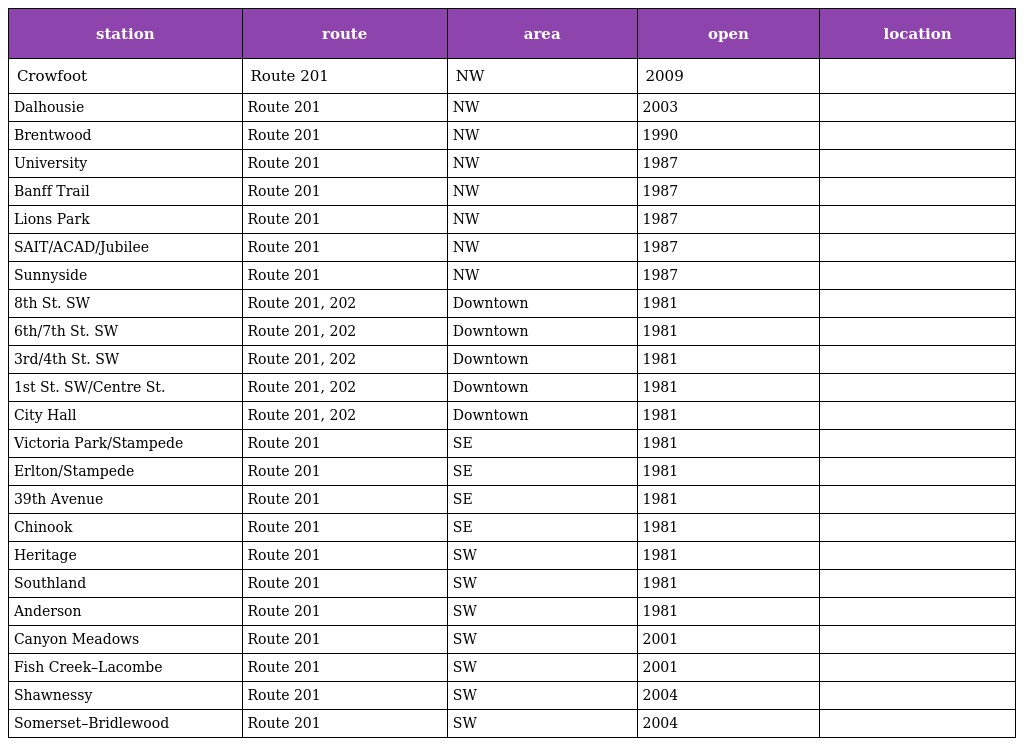
| station | route | area | open | location |
 | --- | --- | --- | --- | --- |
 | Crowfoot | Route 201 | NW | 2009 |  |
 | Dalhousie | Route 201 | NW | 2003 |  |
 | Brentwood | Route 201 | NW | 1990 |  |
 | University | Route 201 | NW | 1987 |  |
 | Banff Trail | Route 201 | NW | 1987 |  |
 | Lions Park | Route 201 | NW | 1987 |  |
 | SAIT/ACAD/Jubilee | Route 201 | NW | 1987 |  |
 | Sunnyside | Route 201 | NW | 1987 |  |
 | 8th St. SW | Route 201, 202 | Downtown | 1981 |  |
 | 6th/7th St. SW | Route 201, 202 | Downtown | 1981 |  |
 | 3rd/4th St. SW | Route 201, 202 | Downtown | 1981 |  |
 | 1st St. SW/Centre St. | Route 201, 202 | Downtown | 1981 |  |
 | City Hall | Route 201, 202 | Downtown | 1981 |  |
 | Victoria Park/Stampede | Route 201 | SE | 1981 |  |
 | Erlton/Stampede | Route 201 | SE | 1981 |  |
 | 39th Avenue | Route 201 | SE | 1981 |  |
 | Chinook | Route 201 | SE | 1981 |  |
 | Heritage | Route 201 | SW | 1981 |  |
 | Southland | Route 201 | SW | 1981 |  |
 | Anderson | Route 201 | SW | 1981 |  |
 | Canyon Meadows | Route 201 | SW | 2001 |  |
 | Fish Creek–Lacombe | Route 201 | SW | 2001 |  |
 | Shawnessy | Route 201 | SW | 2004 |  |
 | Somerset–Bridlewood | Route 201 | SW | 2004 |  |